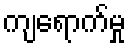
ကျရောက်မှု